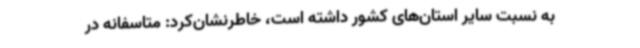
به نسبت سایر استان‌های کشور داشته است، خاطرنشان‌کرد: متاسفانه در